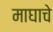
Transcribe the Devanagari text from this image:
माघाचे